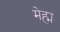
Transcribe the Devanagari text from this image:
मेह्म